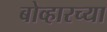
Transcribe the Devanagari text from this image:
बोव्हारच्या